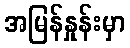
အမြန်နှုန်းမှာ